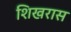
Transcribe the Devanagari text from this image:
शिखरास